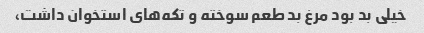
خیلی بد بود مرغ بد طعم سوخته و تکه‌های استخوان داشت،